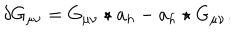
\delta G _ { \mu \nu } = G _ { \mu \nu } \star a _ { h } - a _ { h } \star G _ { \mu \nu } .